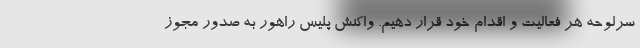
سرلوحه هر فعالیت و اقدام خود قرار دهیم. واکنش پلیس راهور به صدور مجوز